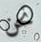
نحن